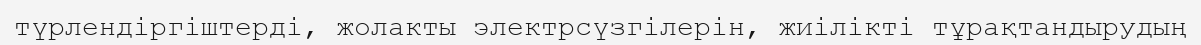
түрлендіргіштерді, жолакты электрсүзгілерін, жиілікті тұрақтандырудың